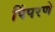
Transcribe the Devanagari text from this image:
पिंपरणे